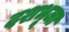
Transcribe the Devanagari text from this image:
दशभूजा